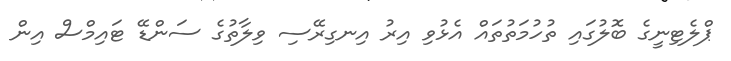
ޕްލެޓިނީގެ ބޮލުގައި ތުހުމަތުތައް އެޅުވި އިރު އިނގިރޭސި ވިލާތުގެ ސަންޑޭ ޓައިމްސް އިން